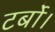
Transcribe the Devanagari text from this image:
टर्बो।